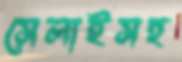
সেলাইসহ